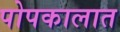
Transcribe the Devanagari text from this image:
पोपकालात